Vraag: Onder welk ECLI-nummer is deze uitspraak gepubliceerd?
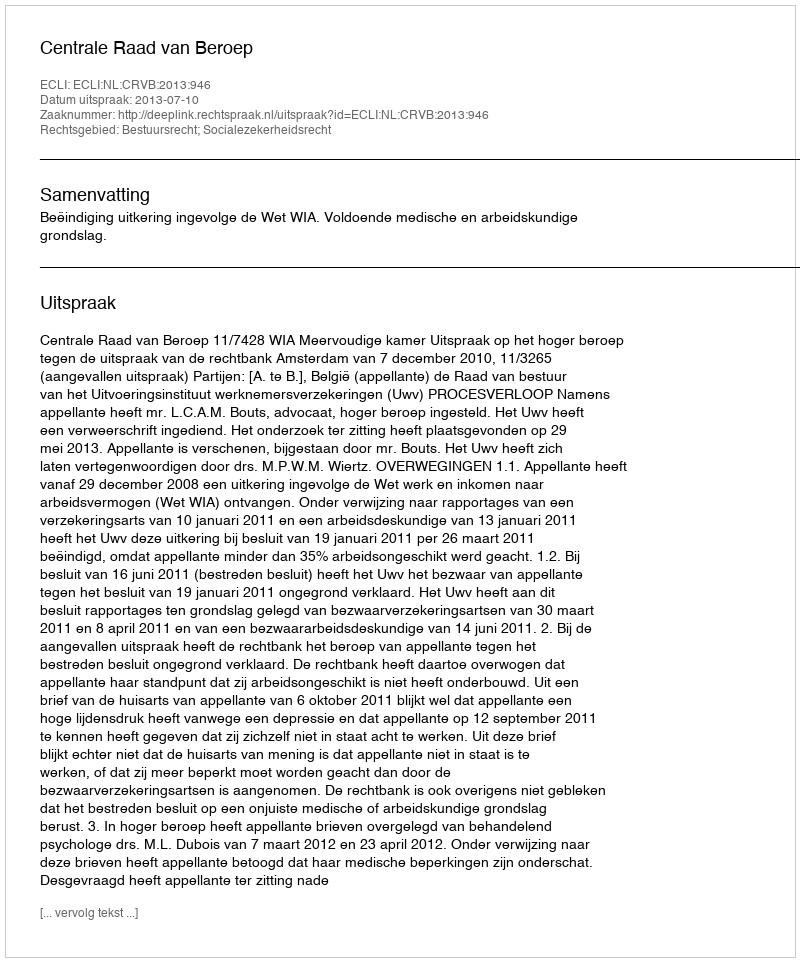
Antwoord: ECLI:NL:CRVB:2013:946